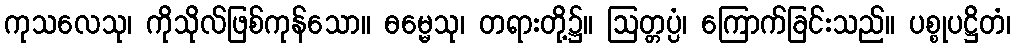
ကုသလေသု၊ ကိုသိုလ်ဖြစ်ကုန်သော။ ဓမ္မေသု၊ တရားတို့၌။ ဩတ္တပ္ပံ၊ ကြောက်ခြင်းသည်။ ပစ္စုပဋ္ဌိတံ၊